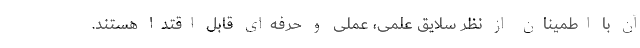
آن با اطمینان از نظر سلایق علمی، عملی و حرفه‌ای قابل اقتدا هستند.